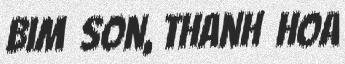
Bim Son, Thanh Hoa